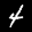
Label: 4